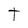
Character: T